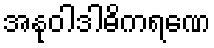
အနုဝါဒါဓိကရဏေ